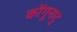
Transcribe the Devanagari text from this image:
कोंगुनाटु